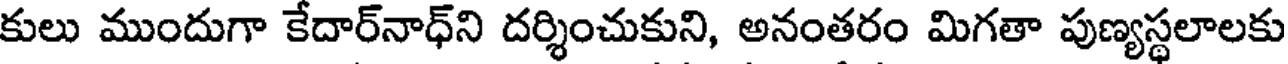
కులు ముందుగా కేదార్నాధ్ని దర్శించుకుని, అనంతరం మిగతా పుణ్యస్థలాలకు